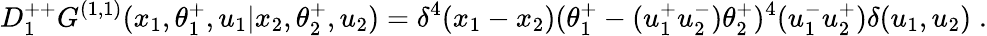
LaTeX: D_{1}^{++}G^{(1,1)}(x_{1},\theta_{1}^{+},u_{1}\vert x_{2},\theta_{2}^{+},u_{2})=\delta^{4}(x_{1}-x_{2})(\theta_{1}^{+}-(u_{1}^{+}u_{2}^{-})\theta_{2}^{+})^{4}(u_{1}^{-}u_{2}^{+})\delta(u_{1},u_{2})\; .